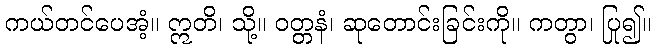
ကယ်တင်ပေအံ့။ ဣတိ၊ သို့။ ဝတ္တနံ၊ ဆုတောင်းခြင်းကို။ ကတွာ၊ ပြု၍။